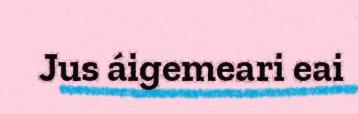
Jus áigemeari eai